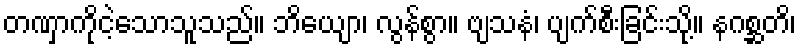
တဏှာကိုငဲ့သောသူသည်။ ဘိယျော၊ လွန်စွာ။ ဗျသနံ၊ ပျက်စီးခြင်းသို့။ နဂစ္ဆတိ၊